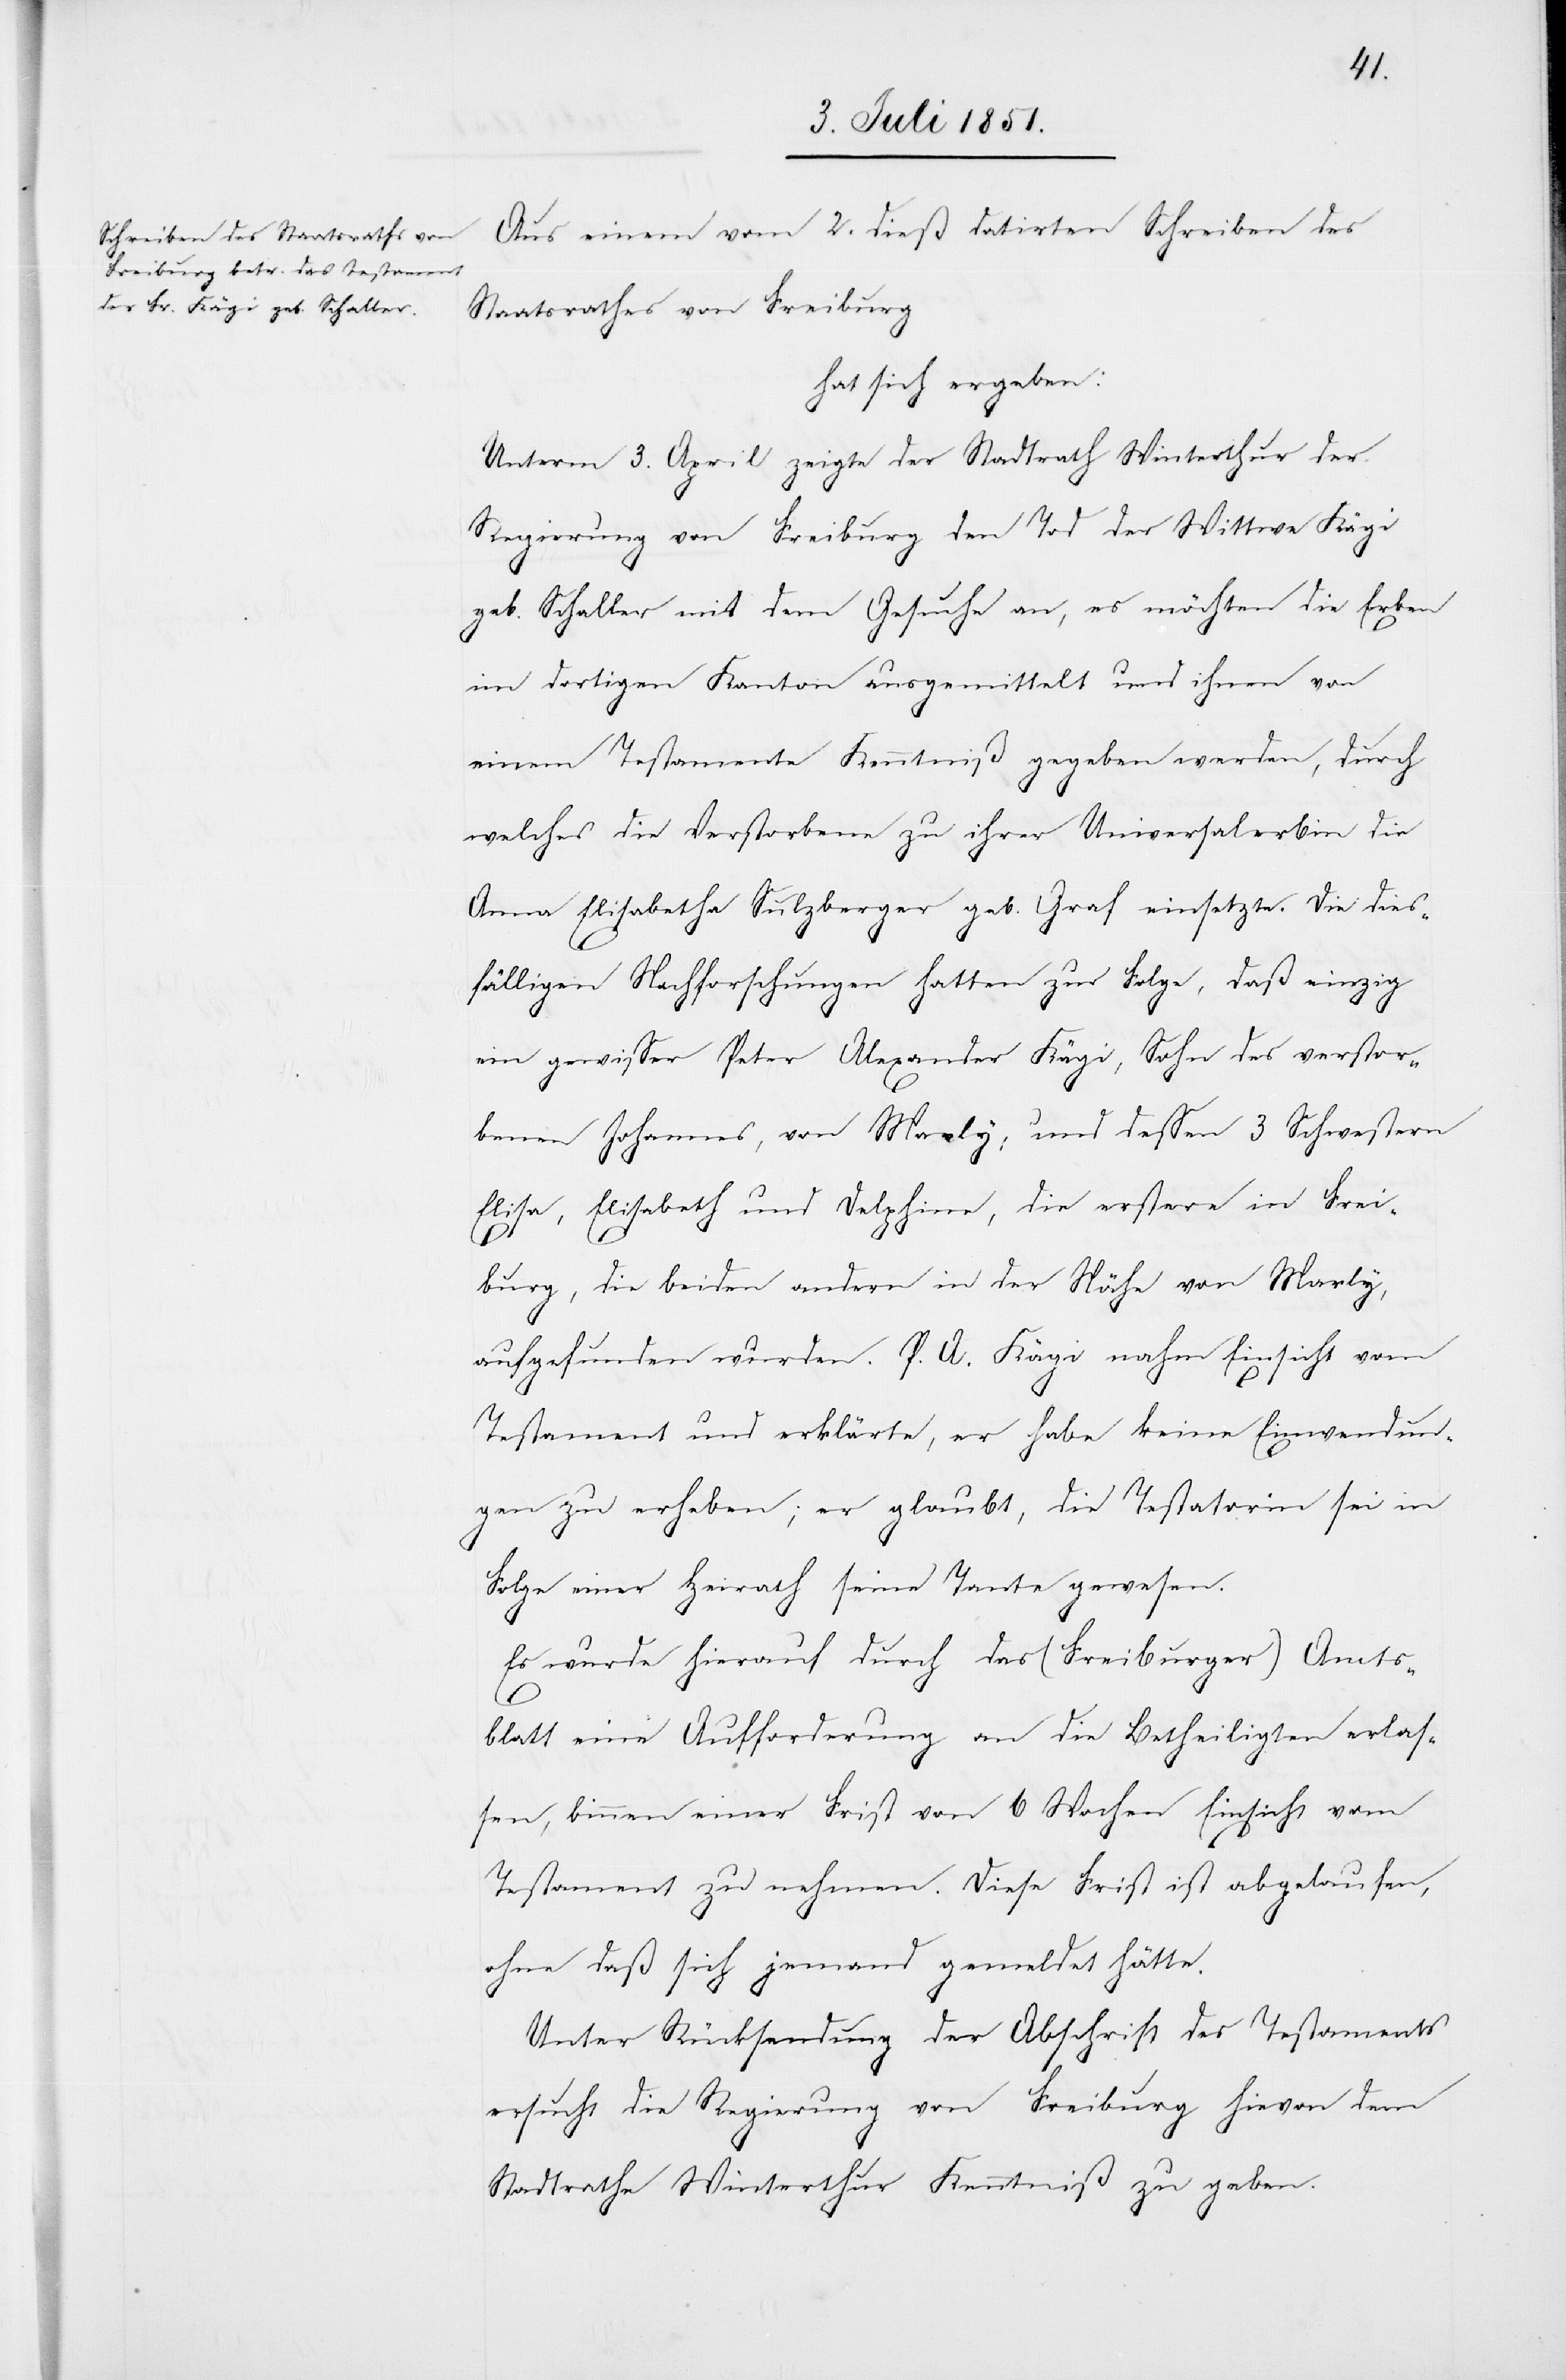
Aus einem vom 2. dieß datirten Schreiben des
Staatsrathes von Freiburg
hat sich ergeben.
Unterm 3. April zeigte der Stadtrath Winterthur der
Regierung von Freiburg den Tod der Wittwe Kägi
geb. Schaller mit dem Gesuche an, es möchten die Erben
im dortigen Kanton ausgemittelt und ihnen von
einem Testamente Kenntniß gegeben werden, durch
welches die Verstorbene zu ihrer Universalerbin die
Anna Elisabetha Sulzberger geb. Graf einsetzte. Die dies¬
fälligen Nachforschungen hatten zur Folge, daß einzig
ein gewisser Peter Alexander Kägi, Sohn des verstor¬
benen Johannes, von Marly, und dessen 3 Schwestern
Elisa, Elisabeth und Delphine, die erstere in Frei¬
burg, die beiden andern in der Nähe von Marly,
aufgefunden wurden. P. A. Kägi nahm Einsicht vom
Testament und erklärte, er habe keine Einwendun¬
gen zu erheben; er glaubt, die Testatorin sei in
Folge einer Heirath seine Tante gewesen.
Es wurde hierauf durch das (Freiburger) Amts¬
blatt eine Aufforderung an die Betheiligten erlas¬
sen, binnen einer Frist von 6 Wochen Einsicht vom
Testament zu nehmen. Diese Frist ist abgelaufen,
ohne daß sich jemand gemeldet hätte.
Unter Rücksendung der Abschrift des Testaments
ersucht die Regierung von Freiburg hievon dem
Stadtrathe Winterthur Kenntniß zu geben.